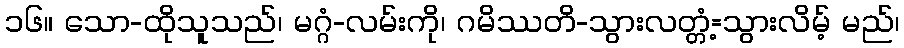
၁၆။ သော-ထိုသူသည်၊ မဂ္ဂံ-လမ်းကို၊ ဂမိဿတိ-သွားလတ္တံ့=သွားလိမ့် မည်၊